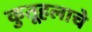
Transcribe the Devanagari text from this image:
कुतूहलाचे